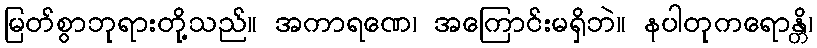
မြတ်စွာဘုရားတို့သည်။ အကာရဏေ၊ အကြောင်းမရှိဘဲ။ နပါတုကရောန္တိ၊